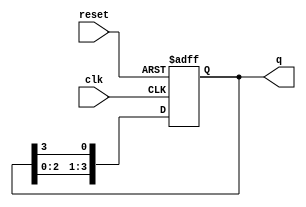
module RingCounter #(
    parameter N = 4  // Number of flip-flops (states)
)(
    input wire clk,        // Clock input
    input wire reset,      // Asynchronous reset
    output reg [N-1:0] q   // Counter state output
);

    // Initial state setup (1 at MSB, others are 0)
    initial begin
        q = 1'b1 << (N-1); // Start with 1000...00
    end

    // Sequential block for state transition
    always @(posedge clk or posedge reset) begin
        if (reset) begin
            q <= 1'b1 << (N-1); // Reset to initial state (e.g., 1000...00)
        end else begin
            q <= {q[N-2:0], q[N-1]}; // Shift left and wrap around
        end
    end

endmodule